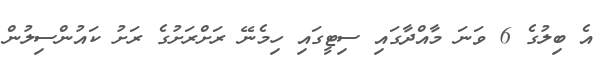
އެ ބިލުގެ 6 ވަނަ މާއްދާގައި ސިޓީގައި ހިމެނޭ ރަށްރަށުގެ ރަށު ކައުންސިލުން